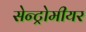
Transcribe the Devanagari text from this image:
सेन्ट्रोमीयर